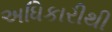
અધિકારીથી